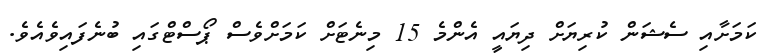
ކަމަށާއި ސެޝަން ކުރިޔަށް ދިޔައީ އެންމެ 15 މިނެޓަށް ކަމަށްވެސް ޕޯސްޓްގައި ބުނެފައިވެއެވެ.